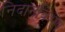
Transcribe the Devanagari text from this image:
निदानविशेष